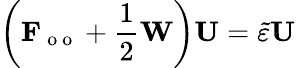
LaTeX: \bigg(\mathbf{F}_{\mathrm{~o~o~}}+\frac{1}{2}\mathbf{W}\bigg)\mathbf{U}=\tilde{\varepsilon}\mathbf{U}